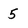
Character: 5